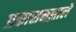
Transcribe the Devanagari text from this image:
प्रकाशनझाले